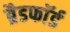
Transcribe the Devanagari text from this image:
ब्रैडफाॅर्ड